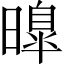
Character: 曍